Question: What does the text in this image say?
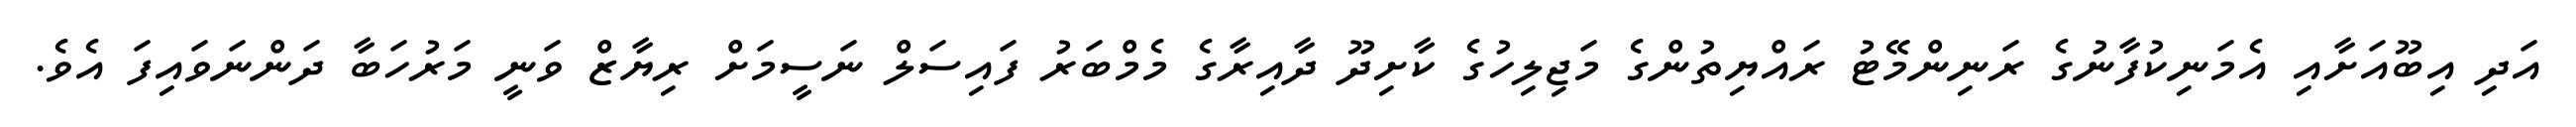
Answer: އަދި އިބޫއަށާއި އެމަނިކުފާނުގެ ރަނިންމޭޓު ރައްޔިތުންގެ މަޖިލިހުގެ ކާށިދޫ ދާއިރާގެ މެމްބަރު ފައިސަލް ނަސީމަށް ރިޔާޒް ވަނީ މަރުހަބާ ދަންނަވައިފަ އެވެ.